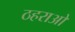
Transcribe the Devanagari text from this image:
ठहराओ